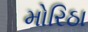
મોરિઠા